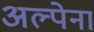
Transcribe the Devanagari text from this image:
अल्पेना